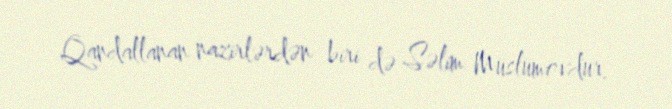
Qandallanan nazirlərdən biri də Səlim Müslümovdur.